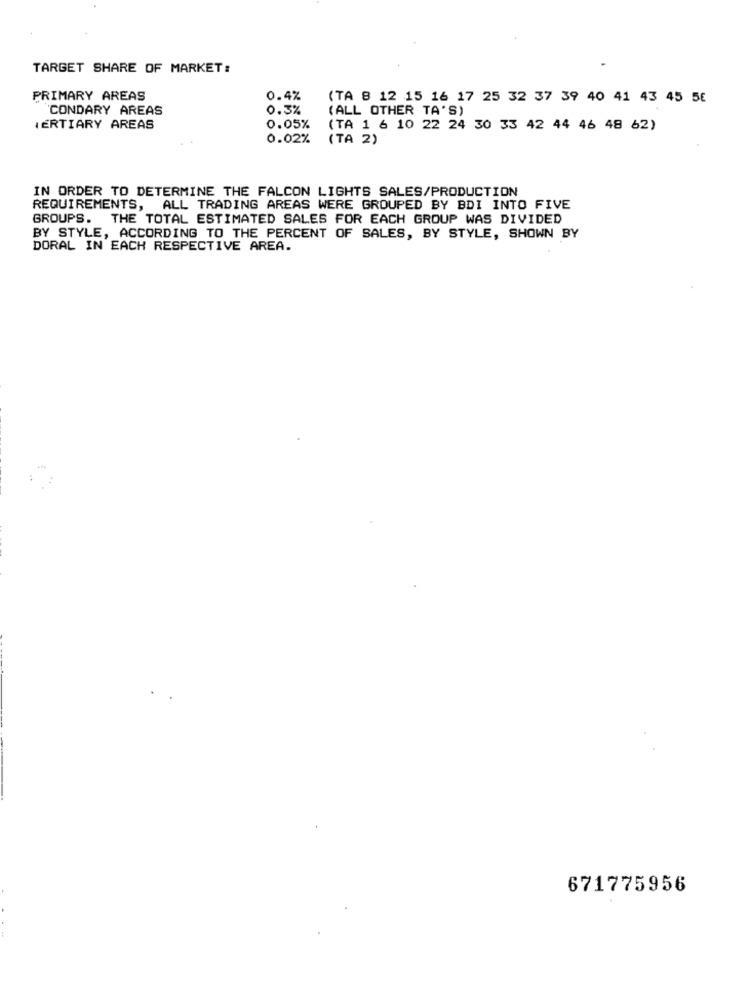
TARGET SHARE OF MARKET:
PRIMARY AREAS
0.4%
(TA 8 12 15 16 17 25 32 37 39 40 41 43 45 56
CONDARY AREAS
0.3%
(ALL OTHER TA'S)
TERTIARY AREAS
0.05%
(TA 1 6 10 22 24 30 33 42 44 46 48 62)
0.02%
(TA 2)
IN ORDER TO DETERMINE THE FALCON LIGHTS SALES/PRODUCTION
REQUIREMENTS, ALL TRADING AREAS WERE GROUPED BY BDI INTO FIVE
GROUPS. THE TOTAL ESTIMATED SALES FOR EACH GROUP WAS DIVIDED
BY STYLE, ACCORDING TO THE PERCENT OF SALES, BY STYLE, SHOWN BY
DORAL IN EACH RESPECTIVE AREA.
671775956